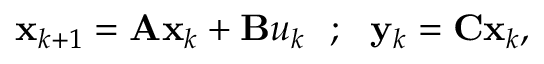
\begin{array} { r } { \mathbf { x } _ { k + 1 } = \mathbf { A } \mathbf { x } _ { k } + \mathbf { B } u _ { k } \ \ ; \ \ \mathbf { y } _ { k } = \mathbf { C } \mathbf { x } _ { k } , } \end{array}